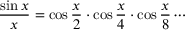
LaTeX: { \frac { \sin x } { x } } = \cos { \frac { x } { 2 } } \cdot \cos { \frac { x } { 4 } } \cdot \cos { \frac { x } { 8 } } \cdots